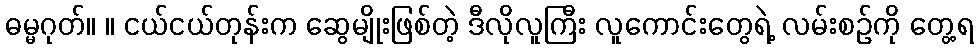
ဓမ္မဂုတ်။ ။ ငယ်ငယ်တုန်းက ဆွေမျိုးဖြစ်တဲ့ ဒီလိုလူကြီး လူကောင်းတွေရဲ့ လမ်းစဉ်ကို တွေ့ရ